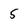
Character: 5